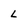
Character: L